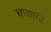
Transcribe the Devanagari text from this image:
चाद्यापि